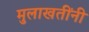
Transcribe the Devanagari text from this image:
मुलाखतींनी